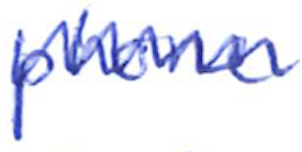
Text: phone
Cross-out: zig-zag
Writing tool: ballpoint